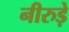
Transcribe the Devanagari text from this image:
नीरुड़े